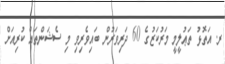
ރ. އަތޮޅު ތަޢުލީމީ މަރުކަޒުގެ 60 ދަރިވަރުން ބައިވެރިވި މި ސެޝަންތައް ކުރިއަށް